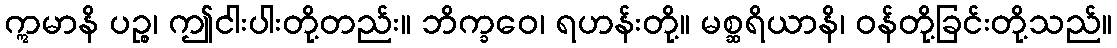
ဣမာနိ ပဉ္စ၊ ဤငါးပါးတို့တည်း။ ဘိက္ခဝေ၊ ရဟန်းတို့။ မစ္ဆရိယာနိ၊ ဝန်တို့ခြင်းတို့သည်။